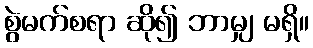
စွဲမက်စရာ ဆို၍ ဘာမျှ မရှိ။